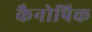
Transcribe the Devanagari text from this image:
कैनोपिक